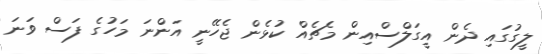
ލީގުގައި ދެން އީގަލްސްއިން މެޗެއް ކުޅެން ޖެހޭނީ އަންނަ މަހުގެ ފަސް ވަނަ